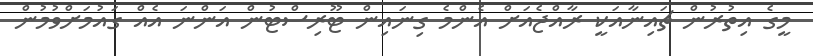
މީގެ އިތުރުން ޗައިނާއަކީ ރާއްޖެއަށް އެންމެ ގިނައިން ޓޫރިސްޓުން އަންނަ އެއް ގައުމަށްވުމުން